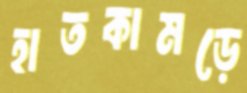
হাতকামড়ে